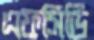
এফসিডি